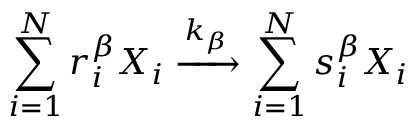
{ } \sum _ { i = 1 } ^ { N } r _ { i } ^ { \beta } X _ { i } \xrightarrow { k _ { \beta } } \sum _ { i = 1 } ^ { N } s _ { i } ^ { \beta } X _ { i }